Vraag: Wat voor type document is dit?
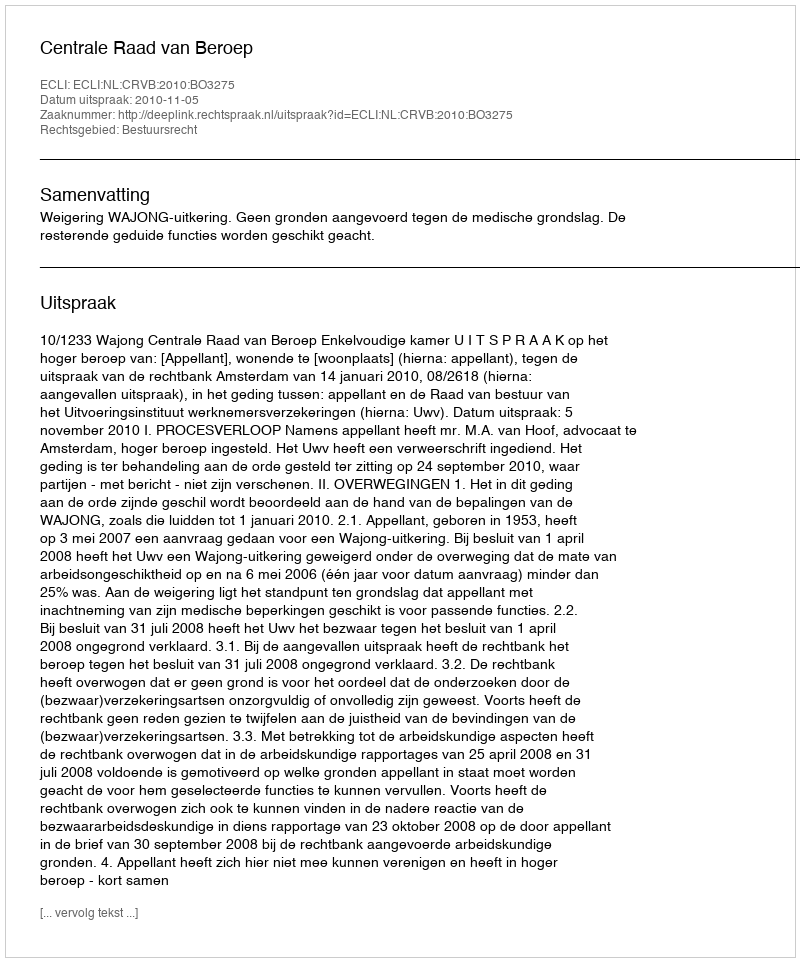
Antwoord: Uitspraak